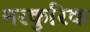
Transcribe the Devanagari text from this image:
मरकुरिक